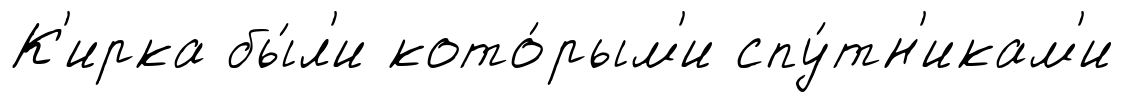
К'ирка бы́л'и кото́рым'и спу́тн'икам'и